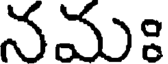
నమః